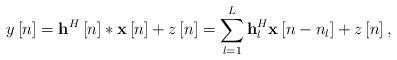
LaTeX: \begin{align*} y\left[ n \right] = {{\bf{h}}^H}\left[ n \right]*{\bf{x}}\left[ n \right] + z\left[ n \right] = \sum\limits_{l = 1}^L {{\bf{h}}_l^H{\bf{x}}\left[ {n - {n_l}} \right]} + z\left[ n \right], \end{align*}